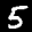
Label: 5